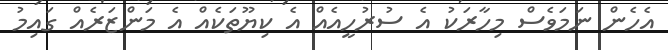
އެހެން ނަމަވެސް މިހާރަކު އެ ސުރުހީއެއް އެ ކިޔޫތަކެއް އެ މަންޒަރެއް ގައިމު